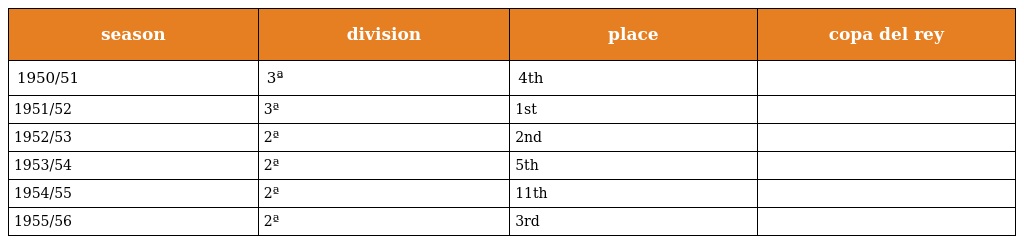
| season | division | place | copa del rey |
 | --- | --- | --- | --- |
 | 1950/51 | 3ª | 4th |  |
 | 1951/52 | 3ª | 1st |  |
 | 1952/53 | 2ª | 2nd |  |
 | 1953/54 | 2ª | 5th |  |
 | 1954/55 | 2ª | 11th |  |
 | 1955/56 | 2ª | 3rd |  |